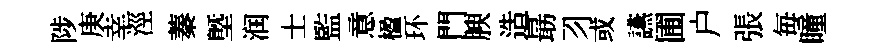
陟庚幸涇蓁塈润士監意楹环門腴造朂习或讌圃户張毎瞳